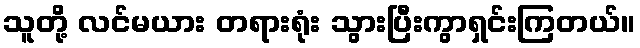
သူတို့ လင်မယား တရားရုံး သွားပြီးကွာရှင်းကြတယ်။